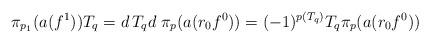
LaTeX: \begin{align*}\pi_{p_1}(a(f^1))T_q = d\, T_qd \; \pi_p(a(r_0 f^0)) = (-1)^{p(T_q)} T_q \pi_p(a(r_0 f^0))\end{align*}